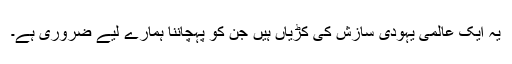
یہ ایک عالمی یہودی سازش کی کڑیاں ہیں جن کو پہچاننا ہمارے لیے ضروری ہے۔